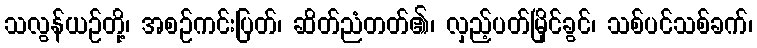
သလွန်ယဉ်တို့၊ အစဉ်ကင်းပြတ်၊ ဆိတ်ညံတတ်၏၊ လှည့်ပတ်မြိုင်ခွင်၊ သစ်ပင်သစ်ခက်၊